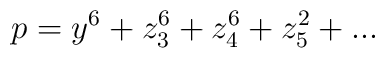
p = y^{6} + z_{3}^{6} + z_{4}^{6} + z_{5}^{2} + ...